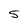
Character: 5